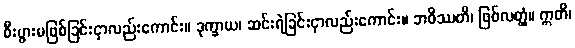
စီးပွားမဖြစ်ခြင်းငှာလည်းကောင်း။ ဒုက္ခာယ၊ ဆင်းရဲခြင်းငှာလည်းကောင်း။ ဘဝိဿတိ၊ ဖြစ်လတ္တံ့။ ဣတိ၊